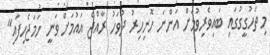
މި ތަހުގީގުގައި ބައިވެރިވުމަށް އަންނަ ހޮނިހިރު ދުވަހު ރާއްޖެ އައުމަށް ވަނީ ހަމަޖެހިފައި"